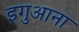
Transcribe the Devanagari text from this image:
इगुआना